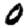
Digit: 0